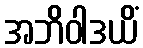
အဘိဝါဒယိံ